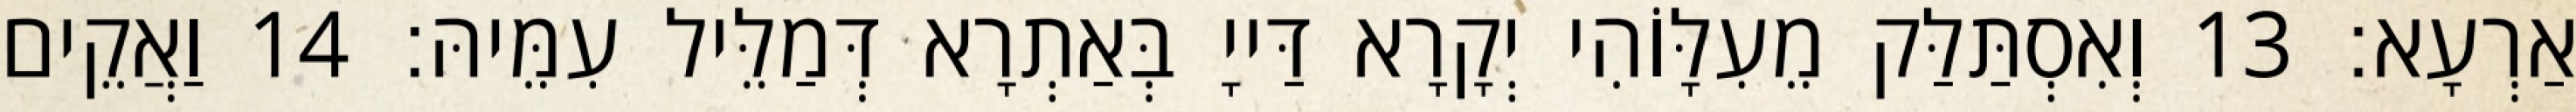
אַרְעָא׃ 13 וְאִסְתַּלַּק מֵעִלָּוֹהִי יְקָרָא דַּייָ בְּאַתְרָא דְּמַלֵּיל עִמֵּיהּ׃ 14 וַאֲקֵים